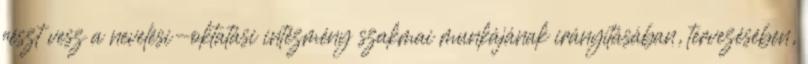
részt vesz a nevelési-oktatási intézmény szakmai munkájának irányításában, tervezésében,